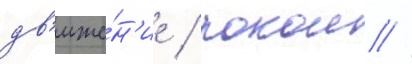
дв'иже́н'ие / покои /